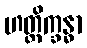
ဟတ္ထိက္ခန္ဓာ